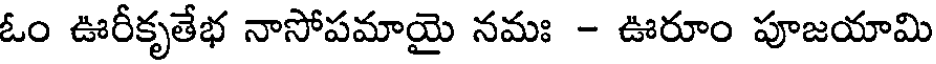
ఓం ఊరీకృతేభ నాసోపమాయై నమః - ఊరూం పూజయామి